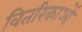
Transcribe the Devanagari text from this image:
वितरिकाओं